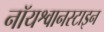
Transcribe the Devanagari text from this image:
नॉयश्वानस्टाइन